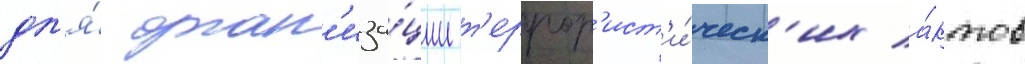
дл'я́ орган'иза́ции т'еррор'ист'и́ческ'их а́ктов